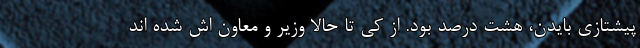
پیشتازی بایدن، هشت درصد بود. از کی تا حالا وزیر و معاون اش شده اند